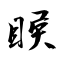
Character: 睺